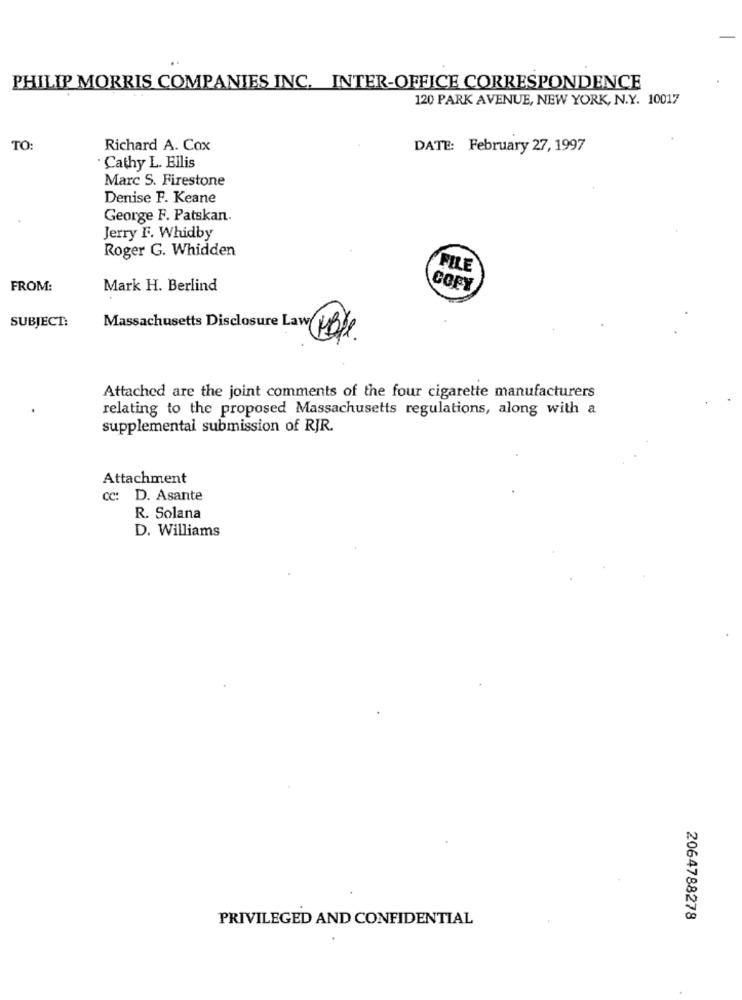
PHILIP MORRIS COMPANIES INC. INTER-OFFICE CORRESPONDENCE
120 PARK AVENUE, NEW YORK, N.Y. 10017
TO:
Richard A. Cox
DATE: February 27, 1997
Cathy L. Ellis
Marc S. Firestone
Denise F. Keane
George F. Patskan.
Jerry F. Whidby
Roger G. Whidden
FILE
FROM:
Mark H. Berlind
COPY
SUBJECT:
Massachusetts Disclosure Law
Attached are the joint comments of the four cigarette manufacturers
relating to the proposed Massachusetts regulations, along with a
supplemental submission of RJR.
Attachment
cc: D. Asante
R. Solana
D. Williams
PRIVILEGED AND CONFIDENTIAL
2064788278